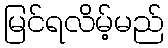
မြင်ရလိမ့်မည်